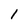
Character: 1